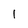
Character: 1